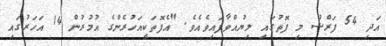
އަދި 54 ފަރްޟު މި ފޮތުގައި ލިޔުއްވާފައިވެއެވެ. "އެފޮތަކީއަހުރެންގެ އުމުރުން 14 އަހަރުގައި